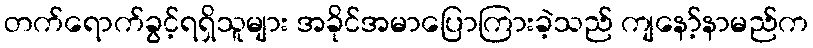
တက်ရောက်ခွင့်ရရှိသူများ အခိုင်အမာပြောကြားခဲ့သည် ကျနော့်နာမည်က